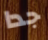
جدا